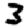
Digit: 3